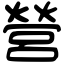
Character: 營